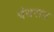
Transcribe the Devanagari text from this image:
पंधराव